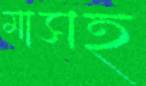
মাসহ